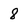
Character: 8